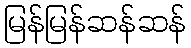
မြန်မြန်ဆန်ဆန်